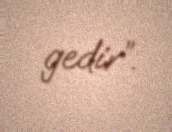
gedir”.